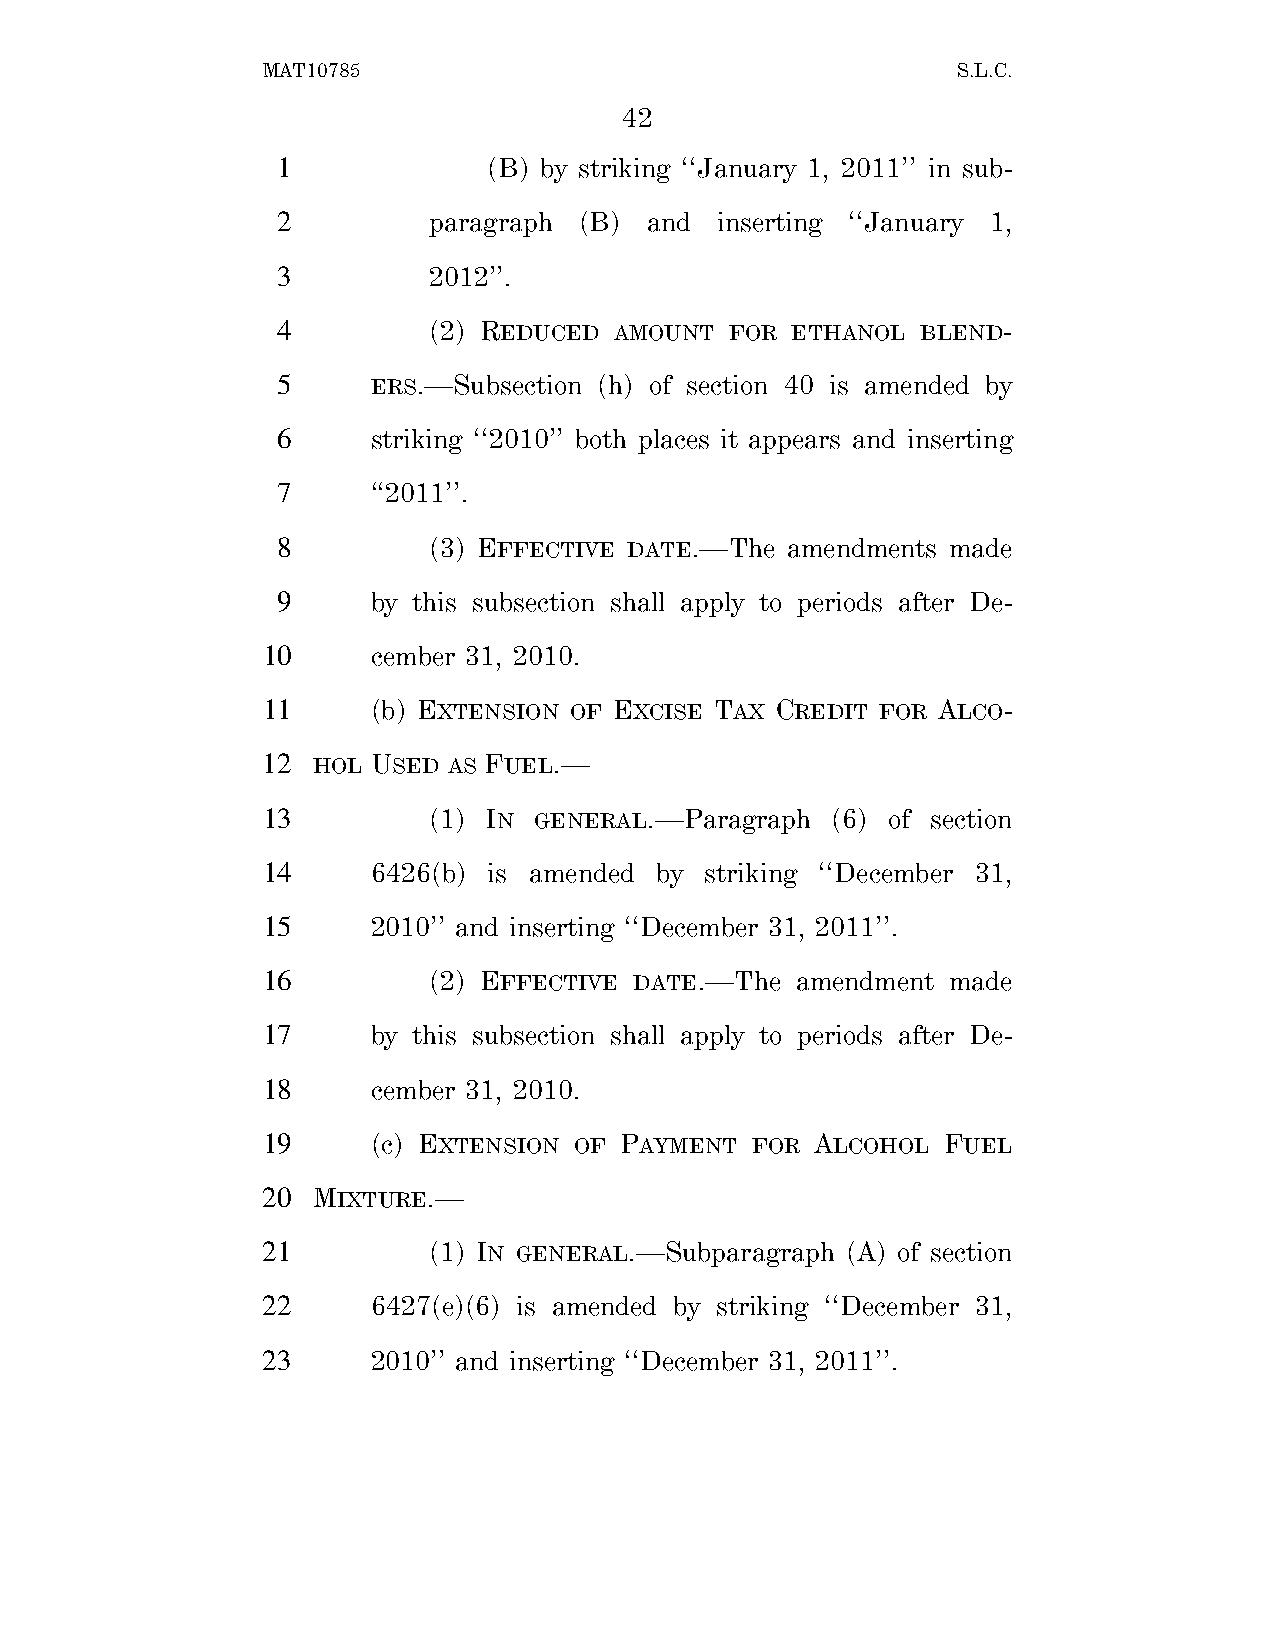
MAT10785                                      S.L.C.
 42
 1             (B) by striking ‘‘January 1, 2011’’ in sub-
 2         paragraph (B)  and inserting ‘‘January 1,
 3         2012’’.
 4         (2) REDUCED  AMOUNT FOR ETHANOL  BLEND-
 5      ERS.—Subsection (h) of section 40 is amended by
 6      striking ‘‘2010’’ both places it appears and inserting
 7      ‘‘2011’’.
 8         (3) EFFECTIVE DATE.—The amendments made
 9      by this subsection shall apply to periods after De-
 10      cember 31, 2010.
 11      (b) EXTENSION OF EXCISE TAX CREDIT FOR ALCO-
 12  HOL USED AS FUEL.—
 13         (1) IN GENERAL.—Paragraph  (6) of section
 14      6426(b) is amended by striking ‘‘December 31,
 15      2010’’ and inserting ‘‘December 31, 2011’’.
 16         (2) EFFECTIVE DATE.—The  amendment made
 17      by this subsection shall apply to periods after De-
 18      cember 31, 2010.
 19      (c) EXTENSION OF PAYMENT FOR ALCOHOL FUEL
 20  MIXTURE.—
 21         (1) IN GENERAL.—Subparagraph (A) of section
 22      6427(e)(6) is amended by striking ‘‘December 31,
 23      2010’’ and inserting ‘‘December 31, 2011’’.